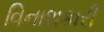
વિનાશકારી